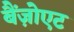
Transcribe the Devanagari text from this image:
बैंज़ोएट